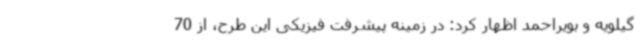
گیلویه و بویراحمد اظهار کرد: در زمینه پیشرفت فیزیکی این طرح، از 70